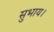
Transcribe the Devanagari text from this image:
सुभाय।